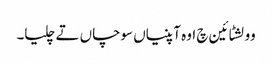
وولشٹائین چ اوہ آپنیاں سوچاں تے چلیا۔